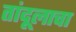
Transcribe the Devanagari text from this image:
तांदूलाचा